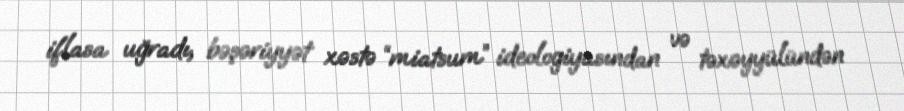
iflasa uğradı, bəşəriyyət xəstə “miatsum” ideologiyasından və təxəyyülündən